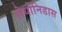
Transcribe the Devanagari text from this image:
लेयोनिडास